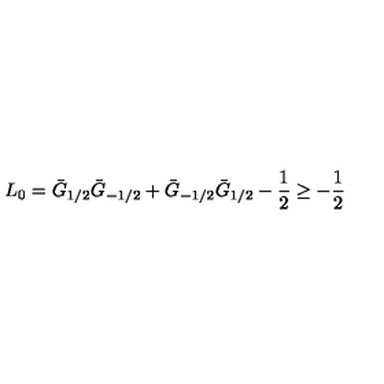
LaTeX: L _ { 0 } = \bar { G } _ { 1 / 2 } \bar { G } _ { - 1 / 2 } + \bar { G } _ { - 1 / 2 } \bar { G } _ { 1 / 2 } - \frac { 1 } { 2 } \geq - \frac { 1 } { 2 }